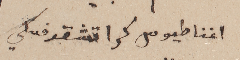
أغناطيوس كراتشقوفسكي